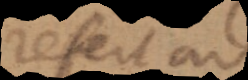
refert ad